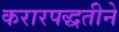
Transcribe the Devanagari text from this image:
करारपद्धतीने